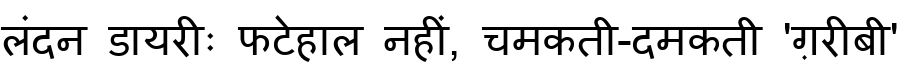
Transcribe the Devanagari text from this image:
लंदन डायरीः फटेहाल नहीं, चमकती-दमकती 'ग़रीबी'